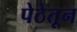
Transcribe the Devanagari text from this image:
पेठेतून